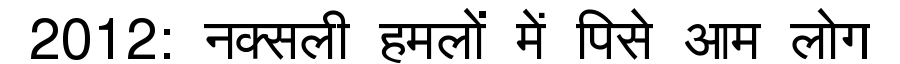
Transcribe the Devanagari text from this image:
2012: नक्सली हमलों में पिसे आम लोग